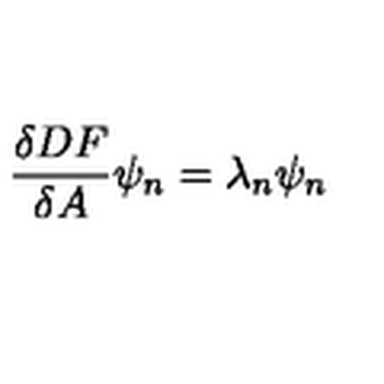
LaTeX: { \frac { \delta D F } { \delta A } } \psi _ { n } = \lambda _ { n } \psi _ { n }